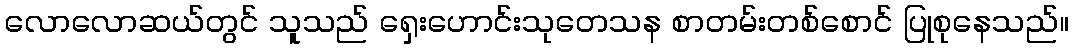
လောလောဆယ်တွင် သူသည် ရှေးဟောင်းသုတေသန စာတမ်းတစ်စောင် ပြုစုနေသည်။